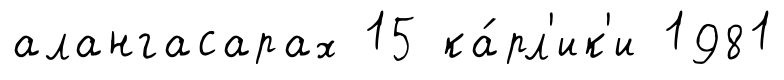
алангасарах 15 ка́рл'ик'и 1981